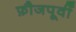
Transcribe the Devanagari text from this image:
फ़ौजपूर्वी